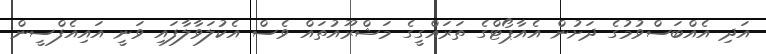
އަދި އެއްބަސްވުމުގެ ދަށުން އެއާޕޯޓްގެ ތަރައްގީގެ މަޝްރޫއުތައް ވެސް އެކުލަވާލާފައި ވަނީ އައިއެފްސީން